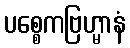
ပစ္စေကဗြဟ္မာနံ